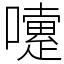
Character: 嚔